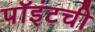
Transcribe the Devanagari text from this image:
पॉइंटची